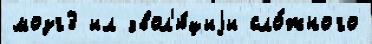
мозг3 ил эвол'ю́циjи сло́жного